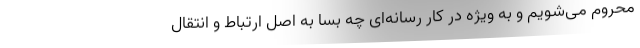
محروم می‌شویم و به ویژه در کار رسانه‌ای چه بسا به اصل ارتباط و انتقال